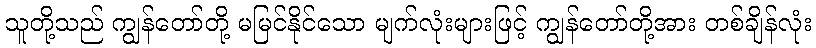
သူတို့သည် ကျွန်တော်တို့ မမြင်နိုင်သော မျက်လုံးများဖြင့် ကျွန်တော်တို့အား တစ်ချိန်လုံး